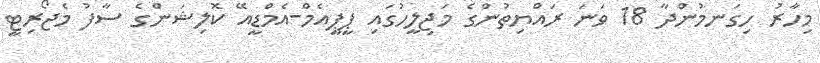
މިހާރު ހިގަނމުންދާ 18 ވަނަ ރައްޔިތުންގެ މަޖިލީހުގައި ޕީޕީއެމް-އެމްޑީއޭ ކޮލިޝަންގެ ސާފު މެޖޯރިޓީ